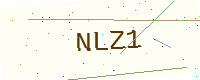
Text: NLZ1